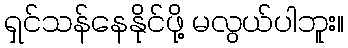
ရှင်သန်နေနိုင်ဖို့ မလွယ်ပါဘူး။